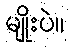
မျိုးပဲ။